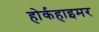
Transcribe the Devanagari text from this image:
होर्कहाइमर